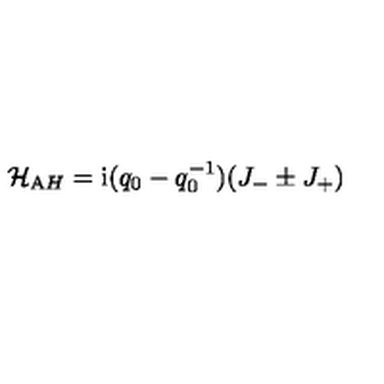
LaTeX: { \cal H } _ { \mathrm A H } = { \mathrm i } ( q _ { 0 } - q _ { 0 } ^ { - 1 } ) ( J _ { - } \pm J _ { + } )